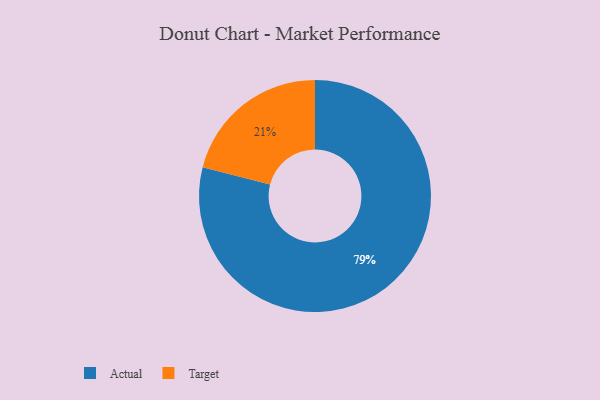
{"axis": {"x": "Category", "y": "Percentage"}, "legend": ["Actual", "Target"], "data": [{"x": "Actual", "y": 79, "type": "Actual"}, {"x": "Target", "y": 21, "type": "Target"}]}